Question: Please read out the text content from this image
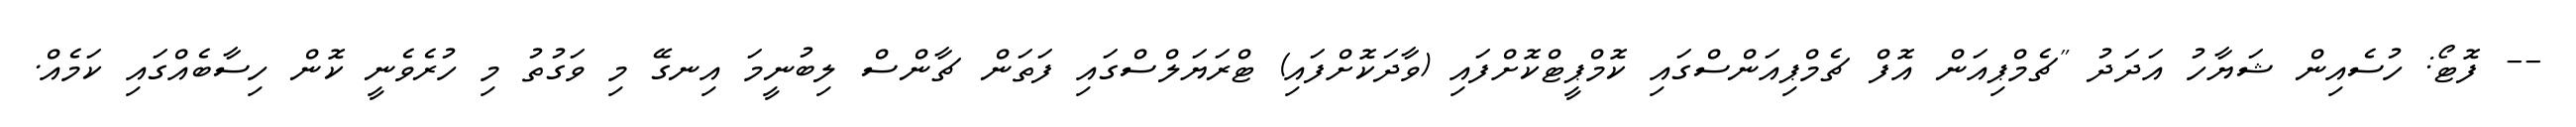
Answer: -- ފޮޓޯ: ހުސެއިން ޝަޔާހު އަދަދު "ޗެމްޕިއަން އޮފް ޗެމްޕިއަންސްގައި ކޮމްޕީޓްކޮށްފައި (ވާދަކޮށްފައި) ޓްރަޔަލްސްގައި ފަތަން ޗާންސް ލިބުނީމަ އިނގޭ މި ވަގުތު މި ހުރެވެނީ ކޮން ހިސާބެއްގައި ކަމެއް.